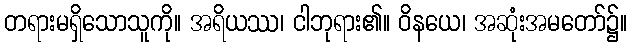
တရားမရှိသောသူကို။ အရိယဿ၊ ငါဘုရား၏။ ဝိနယေ၊ အဆုံးအမတော်၌။